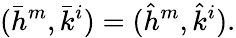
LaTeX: (\bar{h}^{m},\bar{k}^{i})=(\hat{h}^{m},\hat{k}^{i}).